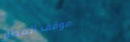
موقف المطار